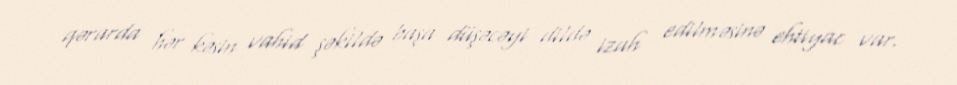
qərarda hər kəsin vahid şəkildə başa düşəcəyi dildə izah edilməsinə ehtiyac var.